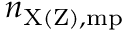
n _ { \mathrm { X ( Z ) , m p } }